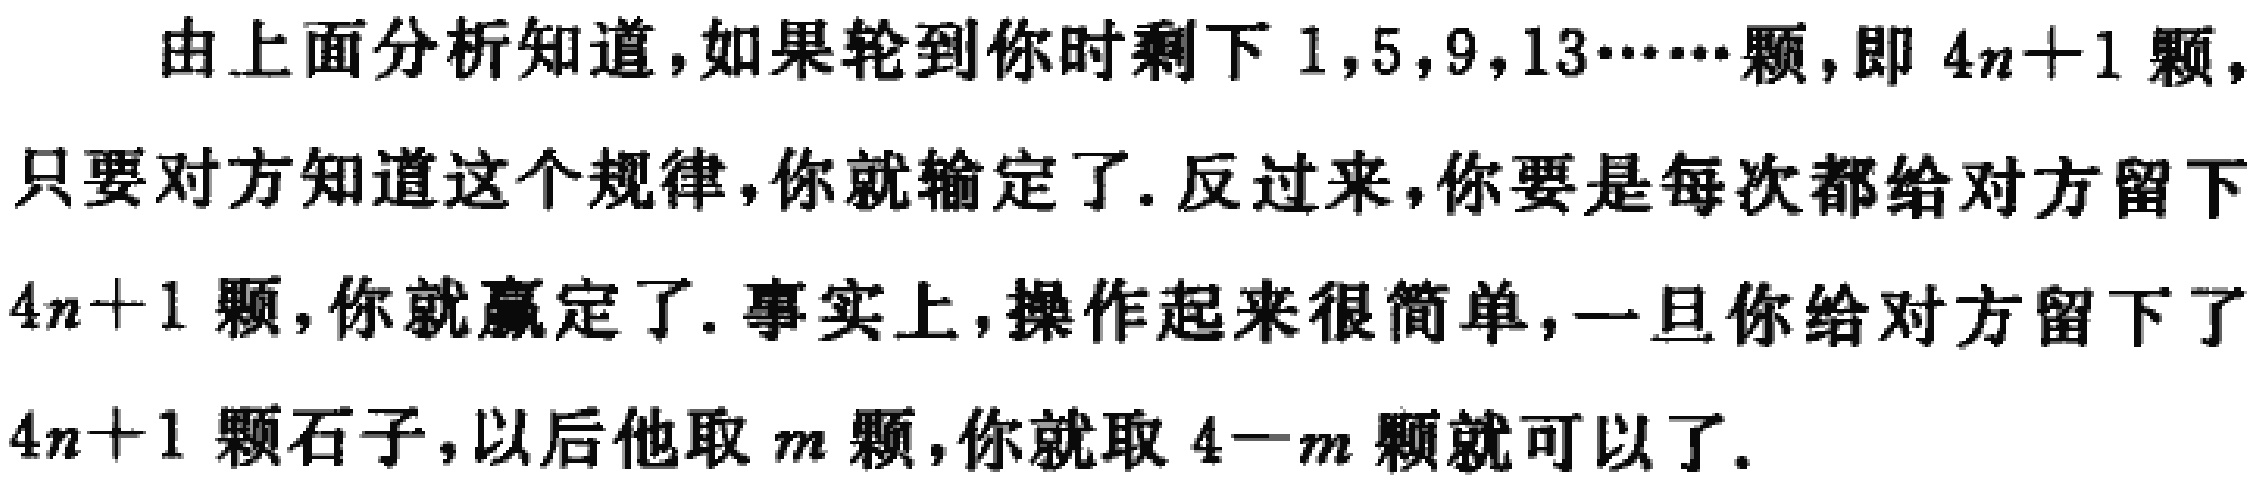
由上面分析知道，如果轮到你时剩下 \(1,5,9,13\cdots\cdots\)颗，即 \(4n + 1\) 颗，只要对方知道这个规律，你就输定了. 反过来，你要是每次都给对方留下 \(4n + 1\) 颗，你就赢定了. 事实上，操作起来很简单，一旦你给对方留下了 \(4n + 1\) 颗石子，以后他取 \(m\) 颗，你就取 \(4 - m\) 颗就可以了.